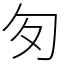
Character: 匇